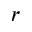
r